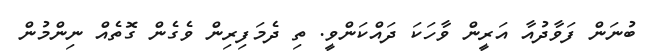
ބުނަން ފަވާދުއާ އަރީން ވާހަކަ ދައްކަންވީ. ތި ދެމަފިރިން ވެގެން ގޮތެއް ނިންމުން